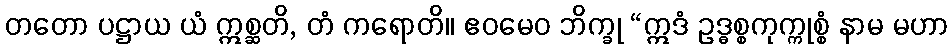
တတော ပဋ္ဌာယ ယံ ဣစ္ဆတိ, တံ ကရောတိ။ ဧဝမေဝ ဘိက္ခု “ဣဒံ ဥဒ္ဓစ္စကုက္ကုစ္စံ နာမ မဟာ